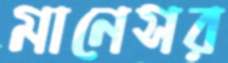
মানেসর